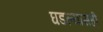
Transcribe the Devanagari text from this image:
घडल्यासही